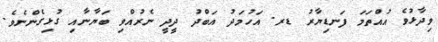
ވިދާޅުވެ އުއްތަމަ ފަނޑިޔާރު ޑރ. އަހުމަދު އަބްދު ދީދީ ނެރުއްްވި ބަޔާނާއި ގުޅިގެންނެވެ.